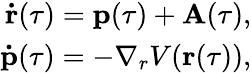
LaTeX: \begin{array}{r}{\mathbf{\dot{r}}(\tau)=\mathbf{p}(\tau)+\mathbf{A}(\tau),}\\ {\mathbf{\dot{p}}(\tau)=-\nabla_{r}V(\mathbf{r}(\tau)),}\end{array}